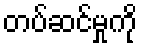
တပ်ဆင်မှုကို